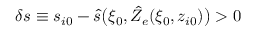
\delta s \equiv s _ { i 0 } - \hat { s } \big ( \xi _ { 0 } , \hat { Z } _ { e } ( \xi _ { 0 } , z _ { i 0 } ) \big ) > 0